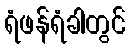
ရံဖန်ရံခါတွင်